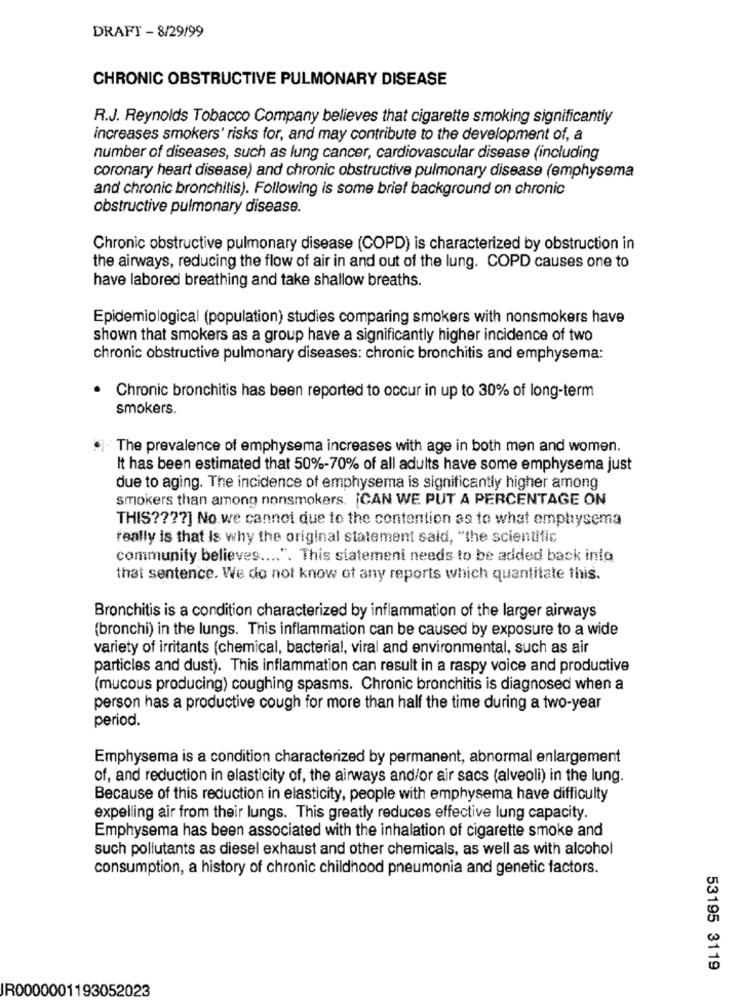
DRAFT - 8/29/99
CHRONIC OBSTRUCTIVE PULMONARY DISEASE
R.J. Reynolds Tobacco Company believes that cigarette smoking significantly
increases smokers' risks for, and may contribute to the development of, a
number of diseases, such as lung cancer, cardiovascular disease (including
coronary heart disease) and chronic obstructive pulmonary disease (emphysema
and chronic bronchitis). Following is some brief background on chronic
obstructive pulmonary disease.
Chronic obstructive pulmonary disease (COPD) is characterized by obstruction in
the airways, reducing the flow of air in and out of the lung. COPD causes one to
have labored breathing and take shallow breaths.
Epidemiological (population) studies comparing smokers with nonsmokers have
shown that smokers as a group have a significantly higher incidence of two
chronic obstructive pulmonary diseases: chronic bronchitis and emphysema:
Chronic bronchitis has been reported to occur in up to 30% of long-term
smokers.
The prevalence of emphysema increases with age in both men and women.
It has been estimated that 50%-70% of all adults have some emphysema just
due to aging. The incidence of emphysema is significantly higher among
smokers than among nonsmokers. ¡ CAN WE PUT A PERCENTAGE ON
THIS ???? ] No.we cannot due to the contention as to what emphysema
really is that Is why the original statement said, "the scientific
community believes .... ". This siatemeni needs to be added back into
that sentence. We do not know of any reports which quantitate this.
Bronchitis is a condition characterized by inflammation of the larger airways
(bronchi) in the lungs. This inflammation can be caused by exposure to a wide
variety of irritants (chemical, bacterial, viral and environmental, such as air
particles and dust). This inflammation can result in a raspy voice and productive
(mucous producing) coughing spasms. Chronic bronchitis is diagnosed when a
person has a productive cough for more than half the time during a two-year
period.
Emphysema is a condition characterized by permanent, abnormal enlargement
of, and reduction in elasticity of, the airways and/or air sacs (alveoli) in the lung.
Because of this reduction in elasticity, people with emphysema have difficulty
expelling air from their lungs. This greatly reduces effective lung capacity.
Emphysema has been associated with the inhalation of cigarette smoke and
such pollutants as diesel exhaust and other chemicals, as well as with alcohol
consumption, a history of chronic childhood pneumonia and genetic factors.
53195 3119
IR0000001193052023